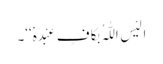
اَلَیْسَ اللّٰہُ بِکَافٍ عَبْدَہٗ‘‘۔